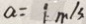
a = 1 m / s